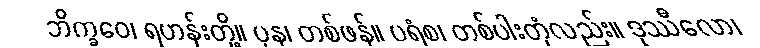
ဘိက္ခဝေ၊ ရဟန်းတို့။ ပုန၊ တစ်ဖန်။ ပရံစ၊ တစ်ပါးတုံလည်း။ ဒုဿီလော၊